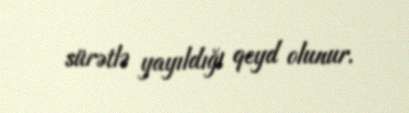
sürətlə yayıldığı qeyd olunur.